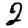
Digit: 2